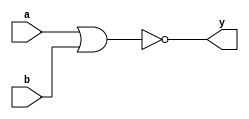
module nor_gate(
  input a,b,
  output y);
  
  assign y=~(a|b);
  
endmodule